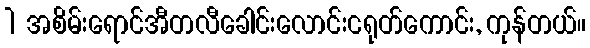
1 အစိမ်းရောင်အီတလီခေါင်းလောင်းငရုတ်ကောင်း, ကုန်တယ်။